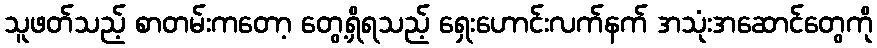
သူဖတ်သည့် စာတမ်းကတော့ တွေ့ရှိရသည့် ရှေးဟောင်းလက်နက် အသုံးအဆောင်တွေကို